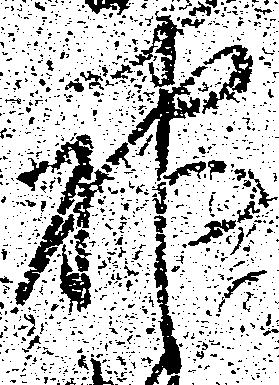
神